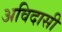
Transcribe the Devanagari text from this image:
अविदासी